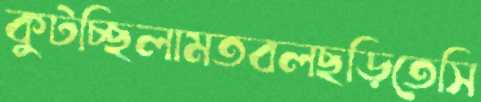
কুটচ্ছিলামতবলছড়িতেসি